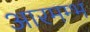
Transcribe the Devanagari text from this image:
आरमम्भ